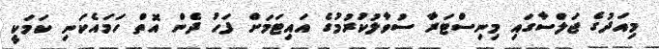
މިއަދުގެ ޖަލްސާގައި މިނިސްޓަރާ ސުވާލުކުރުމުގެ އައިޓަމަށް ފަހު ދެން އޮތް ހަމައެކަނި ކަމަކީ